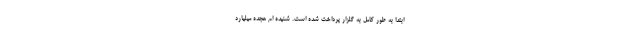
ابتدا به طور کامل به گلزار پرداخت شده است. شنیده ام هجده میلیارد